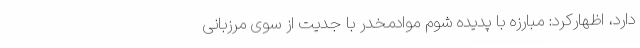
دارد، اظهارکرد: مبارزه با پدیده شوم موادمخدر با جدیت از سوی مرزبانی